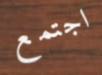
اجتمع